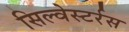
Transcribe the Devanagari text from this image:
सिल्वेस्टर्रस